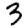
Digit: 3